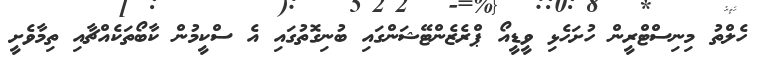
ހެލްތު މިނިސްޓްރީން ހުށަހެޅި ވީޑީއޯ ޕްރެޒެންޓޭޝަންގައި ބުނިގޮތުގައި އެ ސްކީމުން ކާބޯތަކެއްޗާއި ތިމާވެށީ